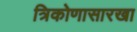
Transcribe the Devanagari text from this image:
त्रिकोणासारखा